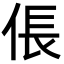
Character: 倀